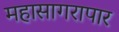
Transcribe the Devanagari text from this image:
महासागरापार